Vaccination in Bombay 1924-1928 - 1924-1928
Year: 1924
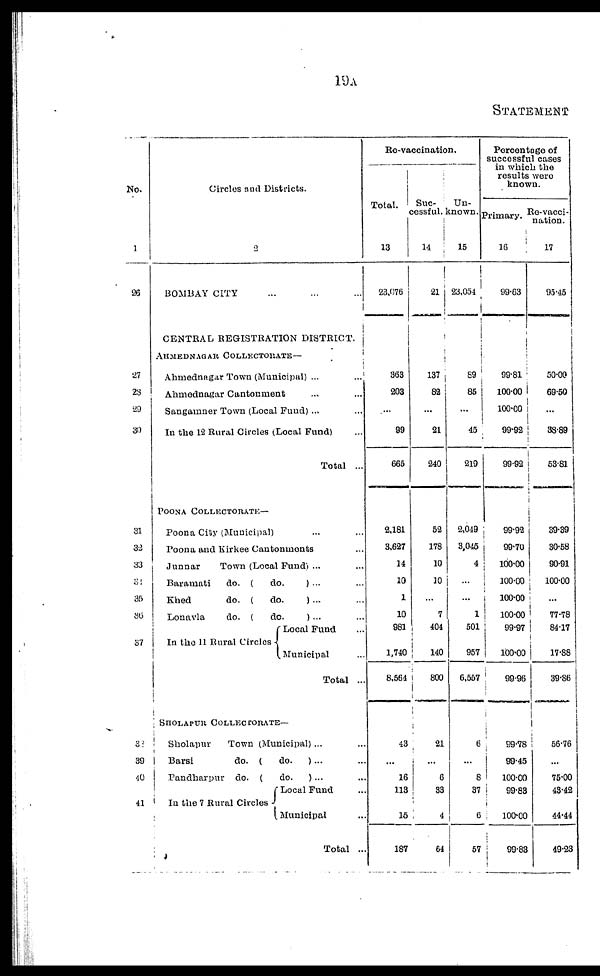
19A
STATEMENT
No.
1
26
27
28
29
30
31
32
33
31
35
36
37
38
39
40
41
Circles and Districts.
2
BOMBAY CITY
...
...
...
CENTRAL REGISTRATION DISTRICT.
AHMEDNAGAR COLLECTORATE—
Ahmednagar Town (Municipal) ...
Ahmednagar Cantonment ... ...
Sangamner Town (Local Fund) ...
In the 12 Rural Circles (Local Fund) ...
Total ...
POONA COLLECTORATE—
Poona City (Municipal) ... ...
Poona and Kirkee Cantonments ...
Junnar
Town (Local Fund) ... ...
Baramati
do. (
do.
) ... ...
Khed
do. (
do.
) ... ...
Lonavla
do. (
do.
) ... ...
In the 11 Rural Circles
Local Fund ...
Municipal ...
Total ...
SHOLAPUR
COLLECTORATE—
Sholapur
Town (Municipal) ...
Barsi
do. (
do.
) ...
Pandharpur do. (
do.
)...
In the 7 Rural Circles
Local Fund ...
Municipal
Total ..
Re-vaccination.
Total.
13
23,076
363
203
...
99
665
2,181
3,627
14
10
1
10
981
1,740
8,564
43
...
16
113
16
187
Suc-
cessful.
14
21
137
82
...
21
240
52
178
10
10
...
7
404
140
800
21
...
6
33
4
64
Un¬
known.
15
23,054
89
85
...
45
219
2,049
3,045
4
...
...
1
501
957
6,557
6
...
8
37
6
57
Percentage of
successful cases
in which the
results were
known.
Primary.
16
99.63
99.81
100.00
100.00
99.92
99.92
99.92
99.70
100.00
100.00
100.00
100.00
99.97
100.00
99.96
99.78
99.45
100.00
99.83
100.00
99.83
Re-vacci-
nation.
17
95.45
50.00
69.50
...
38.89
53.81
39.39
30.58
90.91
100.00
77.78
84.17
17.88
39.86
56.76
...
75.00
43.42
44.44
49.23